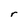
Character: r